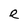
Character: e